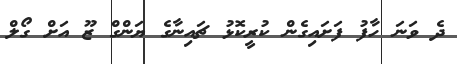
ދެ ވަނަ ހާފު ފަށައިގެން ކުރީކޮޅު ޗައިނާގެ ޔަންގް ޒޫ އަށް ގޯލް